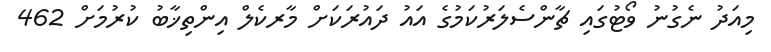
މިއަދު ނެގުނު ވޯޓުގައި ޗާންސެލަރުކަމުގެ އައު ދައުރަކަށް މާރކެލް އިންތިޚާބު ކުރުމަށް 462